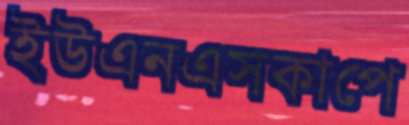
ইউএনএসকাপে